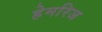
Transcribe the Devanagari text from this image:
हेमरिज